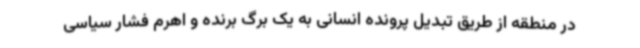
در منطقه از طریق تبدیل پرونده انسانی به یک برگ برنده و اهرم فشار سیاسی